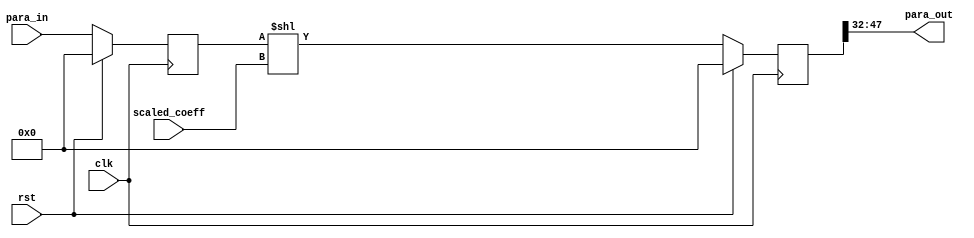
`timescale 1ns / 1ps
//////////////////////////////////////////////////////////////////////////////////
// Company: 
// Engineer: 
// 
// Design Name: 
// Module Name:    adjust 
// Project Name: 
// Target Devices: 
// Tool versions: 
// Description: 
//
// Dependencies: 
//
// Revision: 
// Revision 0.01 - File Created
// Additional Comments: 
//
//////////////////////////////////////////////////////////////////////////////////
//2clk
module adjust_48bit(
	input clk,
	input rst,
	
	input [15:0] scaled_coeff,
	input [47:0] para_in,
	
	output [15:0] para_out
	);
reg [47:0] dout_reg_i;
reg [47:0] dout_reg_i_temp;
	
always @(posedge clk)          
	begin     
		if(rst)
			begin
				dout_reg_i_temp<=0;	
				dout_reg_i <= 0;
			end
		else
			begin
				dout_reg_i_temp<=para_in;	
				dout_reg_i <= (dout_reg_i_temp<<scaled_coeff);
			end
	end   

assign para_out=dout_reg_i[47:32]; 

//Digital_Gain Pre_Digitial_Gain (
//  .clk(clk), // input clk
//  .a(para_in), // input [47 : 0] a
//  .b(scaled_coeff), // input [15 : 0] b
//  .sclr(rst), // input sclr
//  .p(para_out) // output [15 : 0] p
//);

endmodule